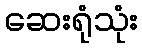
ဆေးရုံသုံး